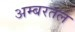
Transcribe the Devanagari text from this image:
अम्बरतल